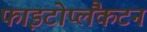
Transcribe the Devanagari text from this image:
फाइटोप्लैंकटन